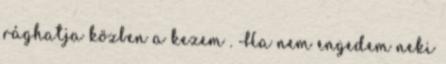
rághatja közben a kezem . Ha nem engedem neki